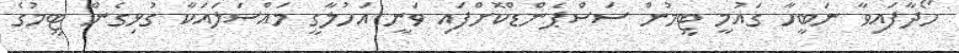
ހޯދާފައިވާ ނަބީހާ ގައުމީ ޓީމުން ސަސްޕެންޑްކޮށްފައި ވަނީ އަހުލާގީ މައްސަލައަކާ ގުޅިގެން ޓީމުގެ